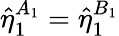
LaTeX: \hat{\eta}_{1}^{A_{1}}=\hat{\eta}_{1}^{B_{1}}